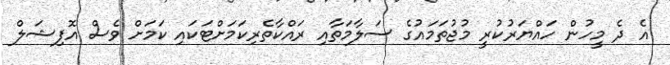
އެ ދެ މީހުން ހައްޔަރުކުރީ މުޖުތަމައުގެ ސަލާމަތާއި ރައްކާތެރިކަމަށްޓަކައި ކަމަށް ވެސް އޮފިޝަލް